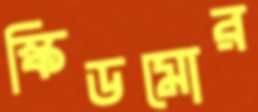
স্কিডমোর